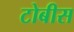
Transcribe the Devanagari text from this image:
टोबीस